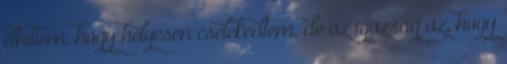
elhittem, hogy helyesen cselekedtem, de az igazság az, hogy